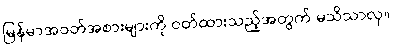
မြန်မာအဝတ်အစားများကို ဝတ်ထားသည့်အတွက် မသိသာလှ။